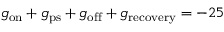
g _ { \mathrm { o n } } + g _ { \mathrm { p s } } + g _ { \mathrm { o f f } } + g _ { \mathrm { r e c o v e r y } } = - 2 5